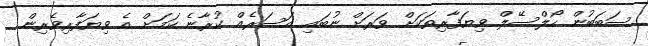
ސަބަބުން ހޯލްސޭލް ވިޔަފާރިތަކަށް ވަރަށް ނުބައި އަސަރެއް ކުރާނެ ކަމަށް އެ ވިޔަފާރިވެރިން